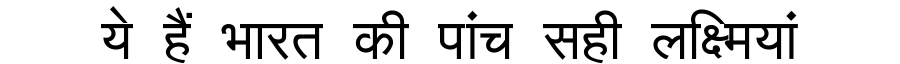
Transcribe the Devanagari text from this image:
ये हैं भारत की पांच सही लक्ष्मियां